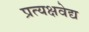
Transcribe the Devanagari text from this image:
प्रत्यक्षवेद्य